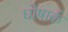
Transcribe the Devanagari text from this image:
घोषार्क